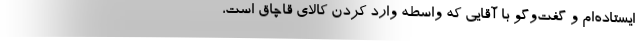
ايستاده‌ام و گفت‌وگو با آقايي كه واسطه وارد كردن كالاي قاچاق است،